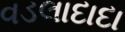
વડલાદાદા